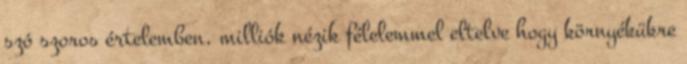
szó szoros értelemben, milliók nézik félelemmel eltelve hogy környékükre